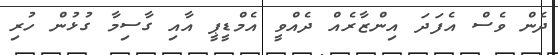
ދެން ވެސް އެފަދަ އިންޒާރެއް ދެއްވީ އެމްޑީޕީ އާއި ގާސިމާ ގުޅުން ހުރި